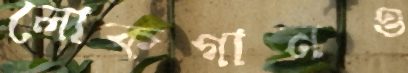
লোকগানও